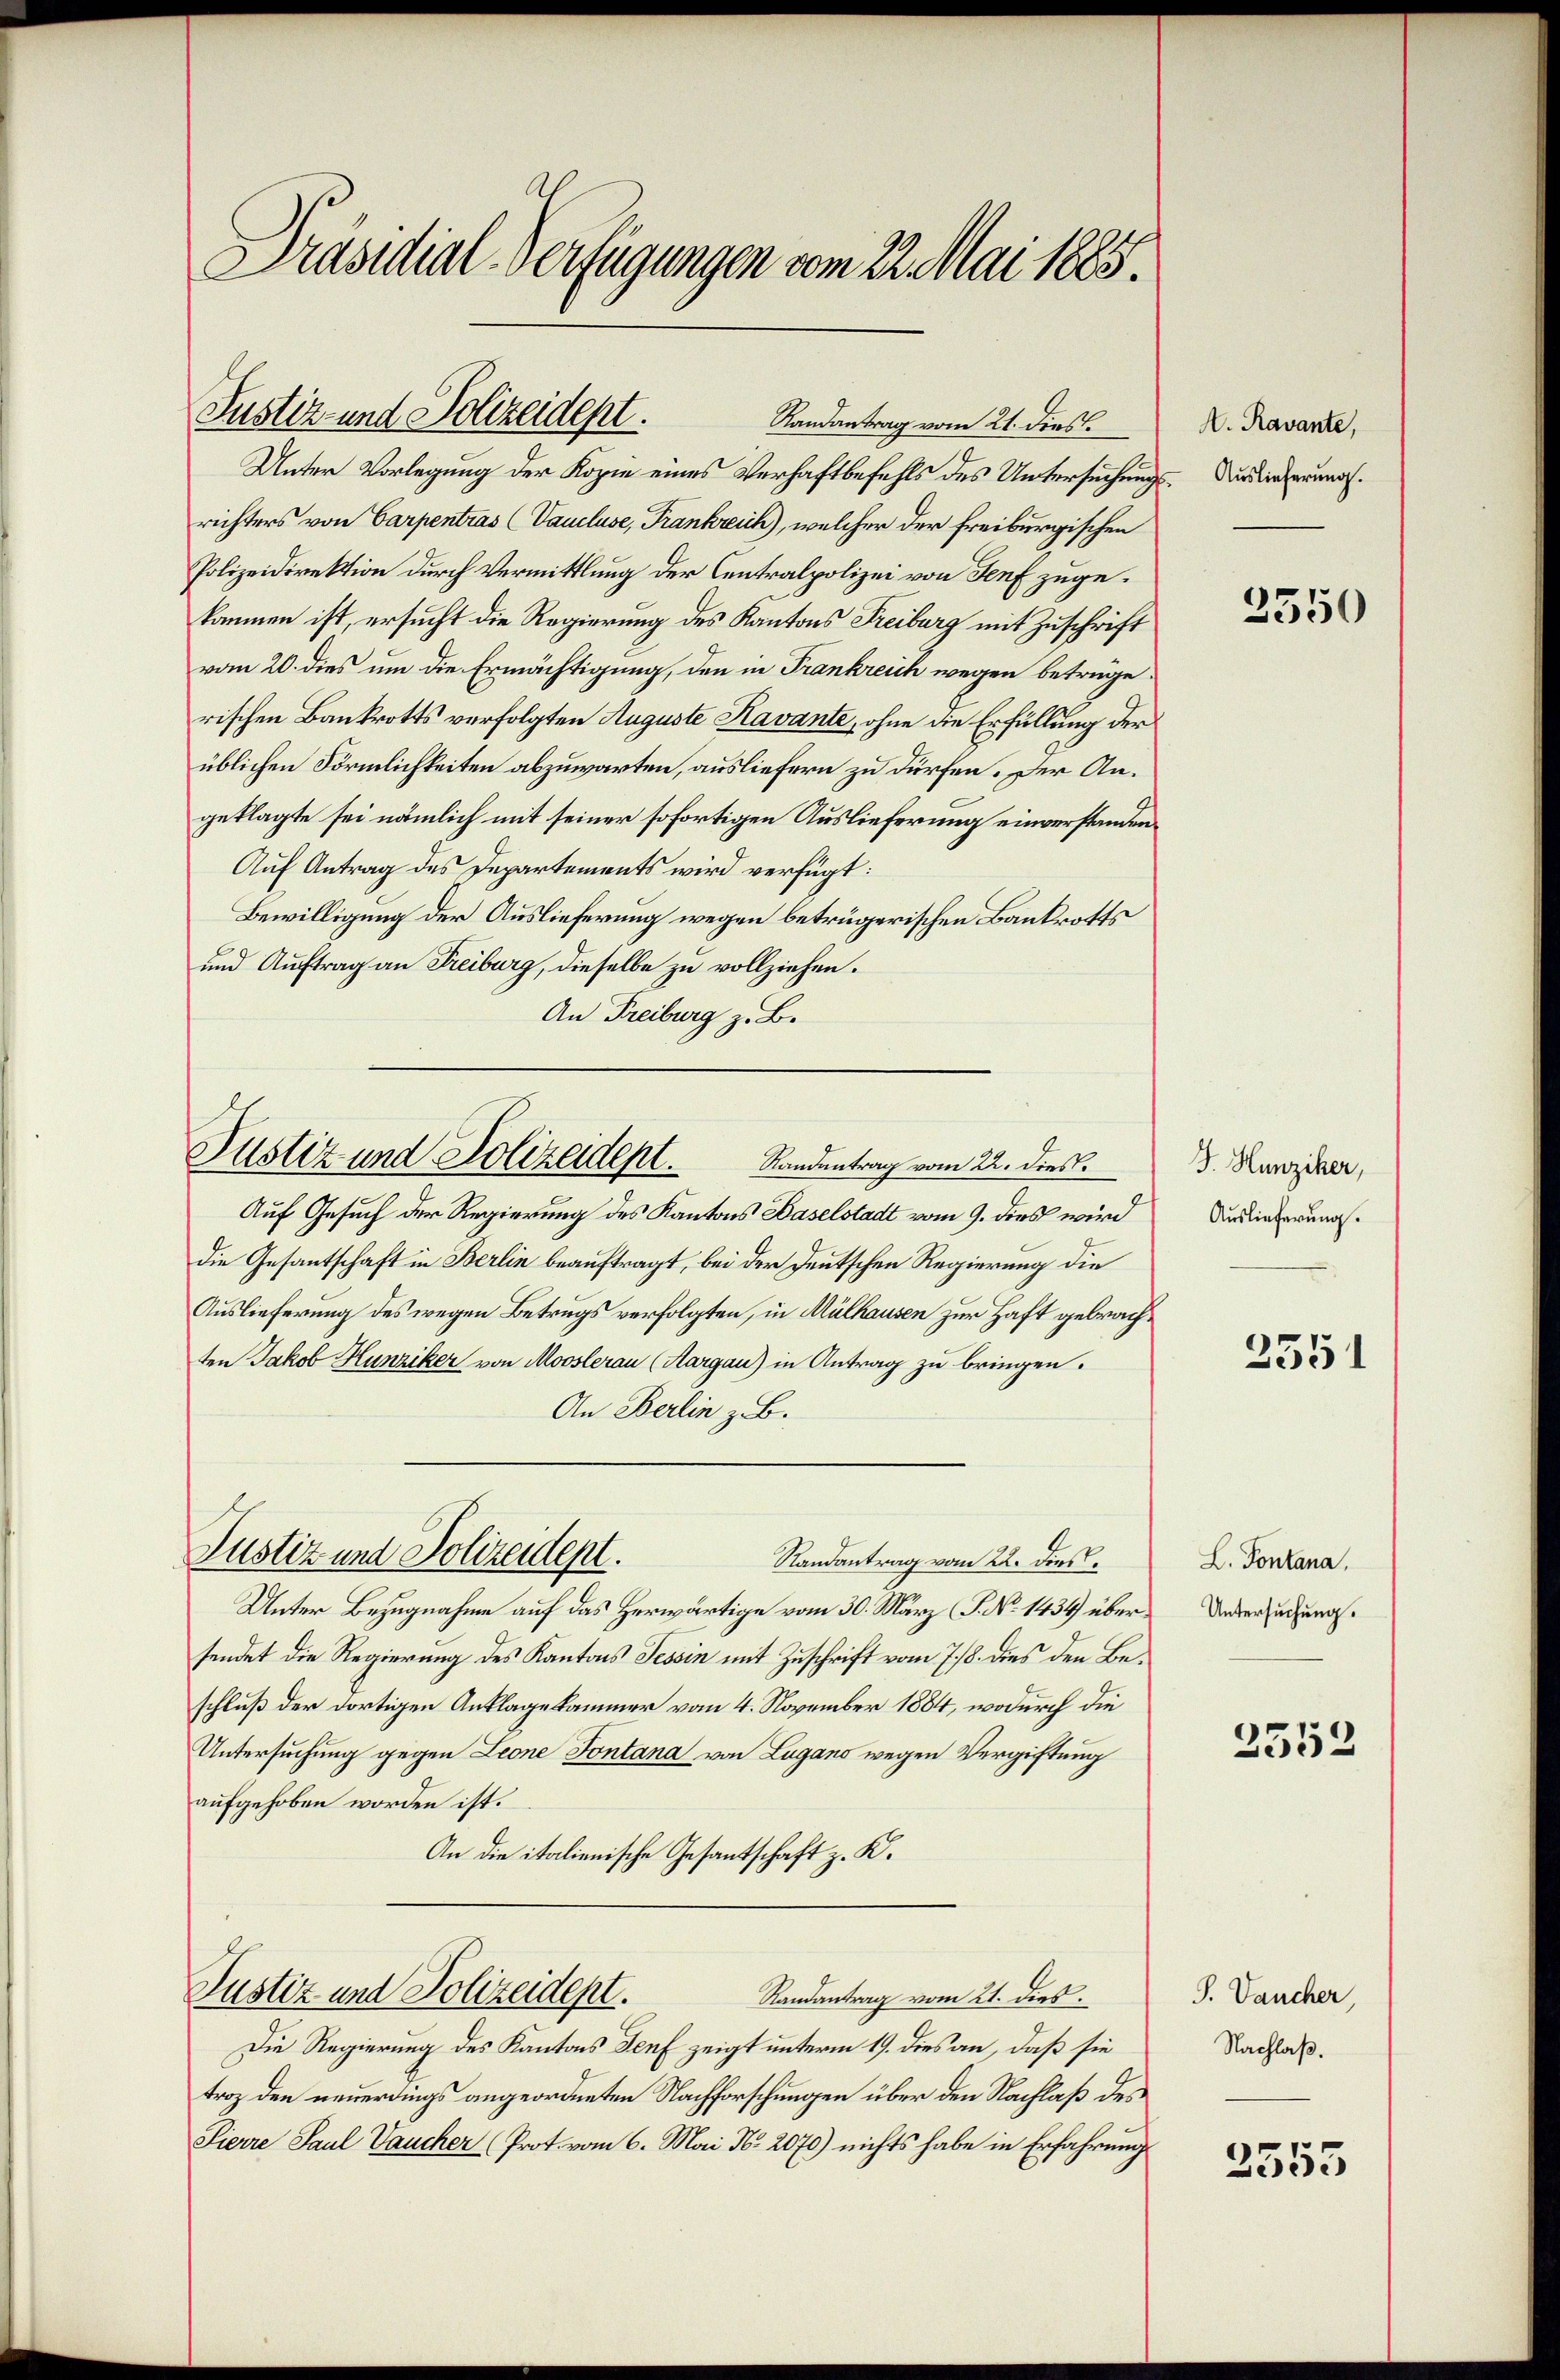
Präsidial-Verfügungen vom 22. Mai 1885.

Unter Vorlegung der Kopie eines Verhaftbefehls des Untersuchungs-Durdirterung.
richters von Carpentras (Vaucluse, Frankreich), welcher der freiburgischen
Polizeidirektion durch Vermittlung der Centralpolizei von Senf zugekommen ist, ersucht die Regierung des Kantons Freiburg mit Zuschrift
vom 20. dies um die Ermächtigung, den in Frankreich wegen betrüge.
rischen Bankrotts verfolgten Auguste Havante, ohne die Erfüllung der
üblichen Förmlichkeiten abzuwarten, ausliefern zu dürfen. Der Angeklagte sei nämlich mit seiner sofortigen Auslieferung einverstanden¬
Auf Antrag des Departements wird verfügt:
Bewilligung der Auslieferung wegen betrügerischen Bankrotts
und Auftrag an Freiburg, dieselbe zu vollziehen.
An Freiburg z. B.

Justiz- und Polizeidept.
Randantrag vom 21. dies

Justiz und Polizeidept.            Sandentrag vom 22. dies

Justiz und Polizeidept.

Auf Gesuch der Regierung des Kantons Baselstadt vom 9. dies wird
die Gesantschaft in Berlin beauftragt, bei der Deutschen Regierung die
Auslieferung des wegen Betrugs verfolgten, in Mülhausen zur Haft gebrachten Jakob Hunziker von Mooslerau (Aargau) in Antrag zu bringen.
An Berlin z. B.
Randantrag vom 22. dies
Unter Bezugnahme auf das Herwärtige vom 30. März (P. No 1434 übersendet die Regierung des Kantons Tessin mit Zuschrift vom 7./18. dies den Beschluß der dortigen Anklagekammer vom 4. November 1884, wodurch die
Untersuchung gegen Leone Fontana von Lugano wegen Vergiftung
aufgehoben worden ist.
An die italienische Gesantschaft z. K.
Justiz und Polizeidept.
Randantrag vom 21. dies
Die Regierung des Kantons Genf zeigt unterm 19. dies an, daß sie
troz den neuerdings angeordneten Nachforschungen über den Nachlaß des
Sierre Paul Vaucher (Prot. vom 6. Mai No 2070) nichts habe in Erfahrung

A. Ravante,

3550

J. Hunziker,
Auslieferung.

2351

L. Pontana,
Untersuchung.

2552

S. Vaucher,
Nachlaß.

2553